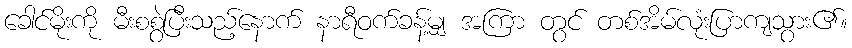
ခေါင်မိုးကို မီးစစွဲပြီးသည့်နောက် နာရီဝက်ခန့်မျှ အကြာ တွင် တစ်အိမ်လုံးပြာကျသွား၏။